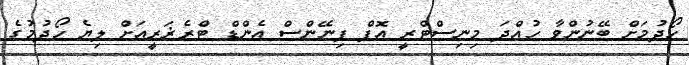
ހޯދުމަށް ބޭނުންވާ ހުއްދަ މިނިސްޓްރީ އޮފް ފިނޭންސް އެންޑް ޓްރެޜަރީއަށް ލިޔެ ހޯދުމުގެ